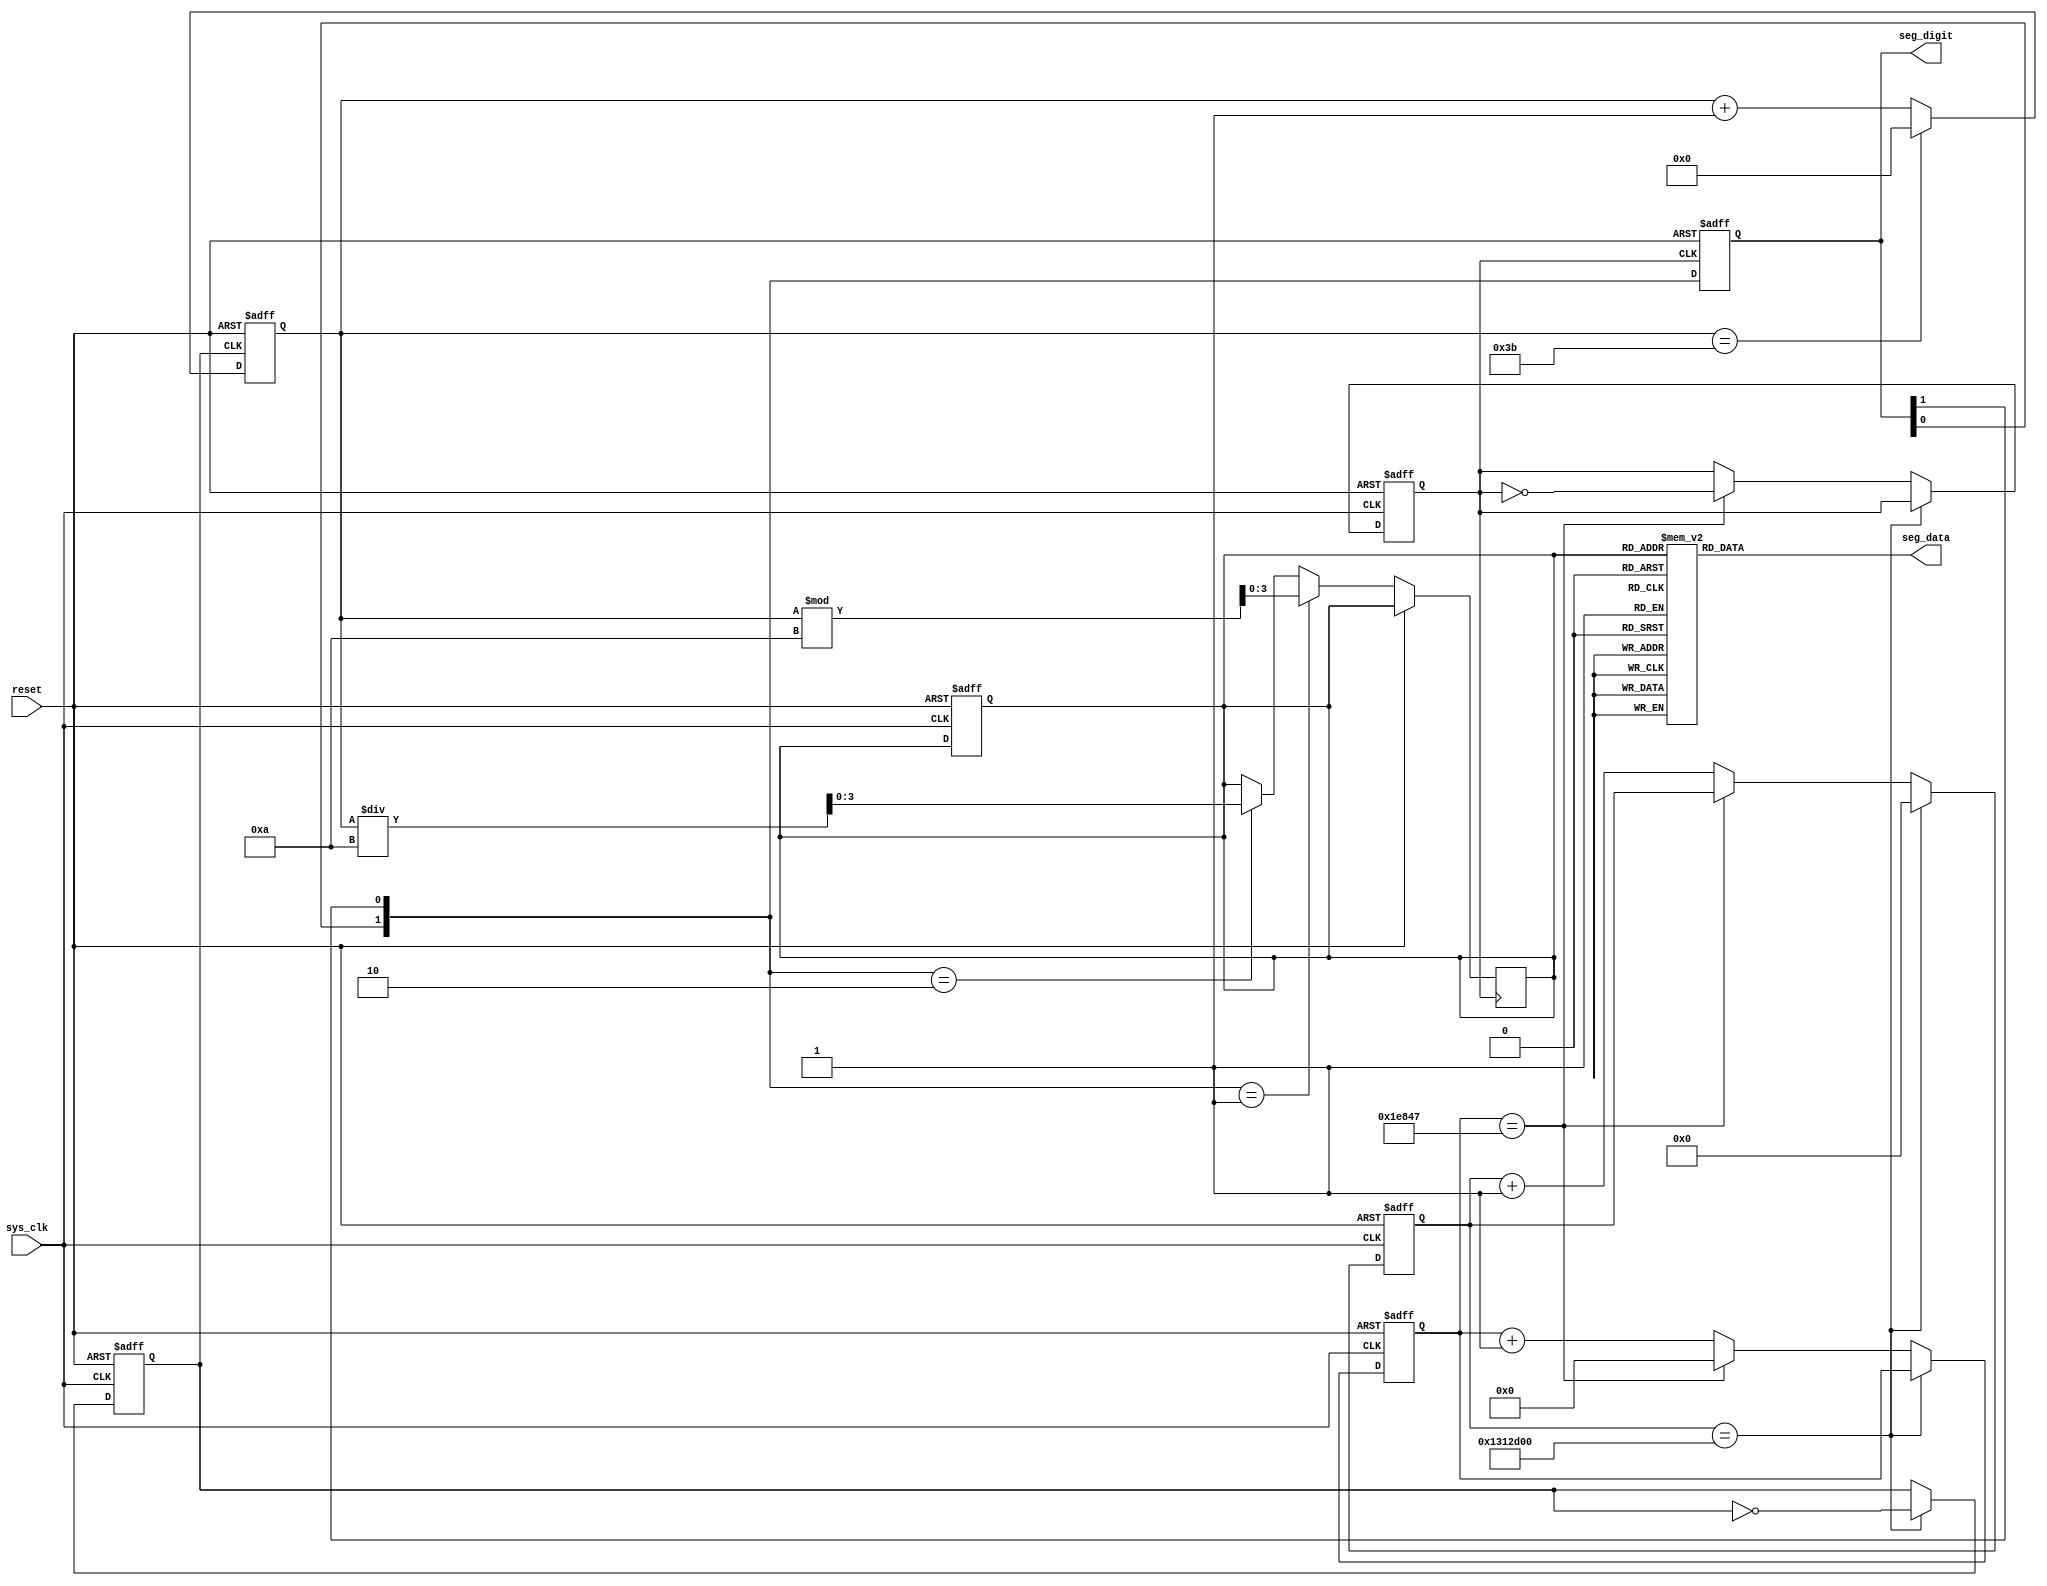
`timescale 1ns / 1ps
//////////////////////////////////////////////////////////////////////////////////
// Company: 
// Engineer: 
// 
// Design Name: 
// Module Name: mod10_counter
// Project Name: 
// Target Devices: 
// Tool Versions: 
// Description: 
// 
// Dependencies: 
// 
// Revision:
// Revision 0.01 - File Created
// Additional Comments:
// 
//////////////////////////////////////////////////////////////////////////////////


module mod60_counter(
    input sys_clk, reset,
    output reg [1:0] seg_digit,
    output reg [6:0] seg_data
    );
    
    reg clk_1hz, clk_500hz;
    reg [16:0] cnt_digit;
    reg [25:0] clk_cnt;
    
    reg [3:0] num;
    reg [6:0] sec;
    
    always @(posedge sys_clk, posedge reset) begin
        if (reset) begin
            clk_cnt <= 0; clk_1hz <= 0;
            cnt_digit <= 0; clk_500hz <= 0;
            num <= 0;
        end

        else if (clk_cnt == 20000000) begin 
        // else if (clk_cnt == 8) begin 
            clk_1hz <= ~clk_1hz;
            clk_cnt <= 0;
        end
        else if(cnt_digit == 124999) begin
        // else if(cnt_digit == 2) begin
            clk_500hz <= ~clk_500hz;
            cnt_digit <= 0;
        end
        else begin 
            clk_cnt <= clk_cnt + 1;
            cnt_digit <= cnt_digit + 1;
        end
    end

    always @(posedge clk_1hz, posedge reset) begin
        if (reset) sec <= 0;
        else
            if (sec == 59) sec <= 0;
            else sec <= sec + 1;
    end
    
    always @ (posedge clk_500hz, posedge reset) begin
        if (reset) seg_digit <= 2'b01;
        else begin
            seg_digit = {seg_digit[0], seg_digit[1]}; // blocking, rotate
            if (seg_digit == 2'b01) num = sec % 10; // blocking
            else if (seg_digit == 2'b10) num = sec / 10; // blocking
       end
    end
    
    always @ (seg_digit) begin
        case (num)
            0: seg_data = 7'b000_0001;
            1: seg_data = 7'b100_1111;
            2: seg_data = 7'b001_0010;
            3: seg_data = 7'b000_0110;
            4: seg_data = 7'b100_1100;
            5: seg_data = 7'b010_0100;
            6: seg_data = 7'b010_0000;
            7: seg_data = 7'b000_1111;
            8: seg_data = 7'b000_0000;
            9: seg_data = 7'b000_0100;
            default: seg_data = 7'b111_1111;
        endcase
    end
endmodule